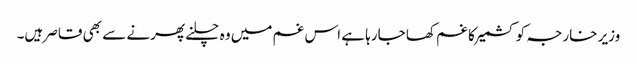
وزیر خارجہ کو کشمیر کا غم کھا جارہا ہے اس غم میں وہ چلنے پھرنے سے بھی قاصر ہیں۔